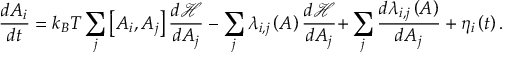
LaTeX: { \frac { d A _ { i } } { d t } } = k _ { B } T \sum _ { j } { \left[ { A _ { i } , A _ { j } } \right] { \frac { { d } { \mathcal { H } } } { d A _ { j } } } } - \sum _ { j } { \lambda _ { i , j } \left( A \right) { \frac { d { \mathcal { H } } } { d A _ { j } } } + } \sum _ { j } { \frac { d { \lambda _ { i , j } \left( A \right) } } { d A _ { j } } } + \eta _ { i } \left( t \right) .